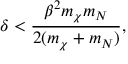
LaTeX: \delta < \frac { \beta ^ { 2 } m _ { \chi } m _ { N } } { 2 ( m _ { \chi } + m _ { N } ) } ,